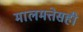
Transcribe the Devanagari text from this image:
मालमत्तेसही